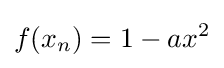
{f(x_{n})}=1-ax^{2}